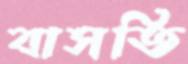
বাসতি